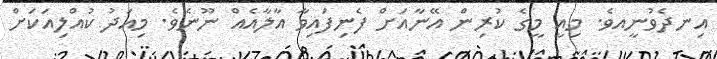
އިނދެވުނީއވެ. މިއީ މީގެ ކުރިން އޭނާއަށް ފެނިފައިވާ އާލާއެއް ނޫނެވެ. މިއަދު ކުއްލިއަކަށް